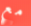
مع